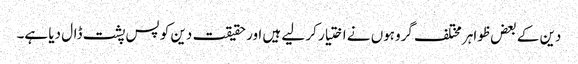
دین کے بعض ظواہر مختلف گروہوں نے اختیار کر لیے ہیں اور حقیقت دین کو پس پشت ڈال دیا ہے۔